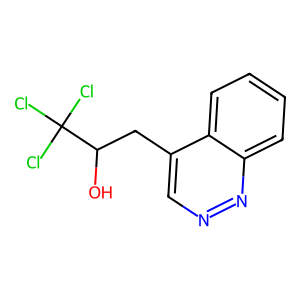
SMILES: OC(Cc1cnnc2ccccc12)C(Cl)(Cl)Cl
Inhibits HIV replication: No